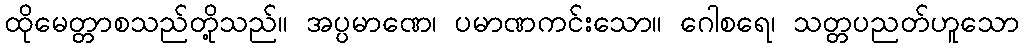
ထိုမေတ္တာစသည်တို့သည်။ အပ္ပမာဏေ၊ ပမာဏကင်းသော။ ဂေါစရေ၊ သတ္တပညတ်ဟူသော